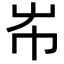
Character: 𡴅